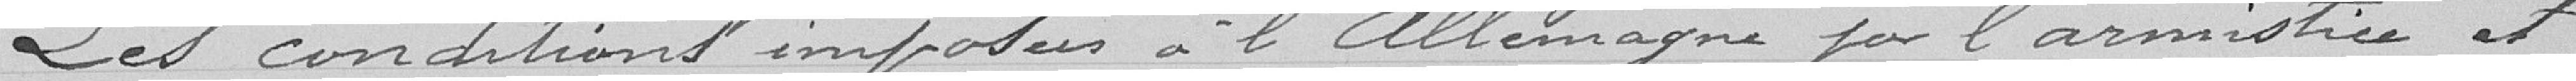
Les conditions imposées à l'Allemagne par l'Armistice et